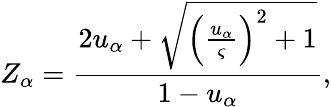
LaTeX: Z_{\alpha}=\frac{2u_{\alpha}+\sqrt{{\left(\frac{u_{\alpha}}{\varsigma}\right)}^{2}+1}}{1-u_{\alpha}},